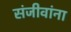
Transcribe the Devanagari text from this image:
संजीवांना